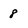
Character: 8